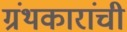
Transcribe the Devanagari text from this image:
ग्रंथकारांची